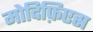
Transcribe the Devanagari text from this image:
मोदिफ़िएस